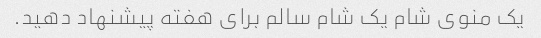
یک منوی شام یک شام سالم برای هفته پیشنهاد دهید.